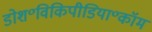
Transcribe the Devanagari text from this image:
डोश॰विकिपीडिया॰कॉम